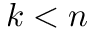
k < n